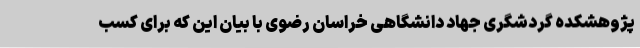
پژوهشکده گردشگری جهاد دانشگاهی خراسان رضوی با بیان این که برای کسب